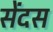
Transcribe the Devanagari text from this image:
सेंदस